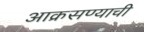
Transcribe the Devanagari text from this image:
आक्रसण्याची